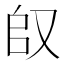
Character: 𱑴